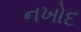
નખોદ